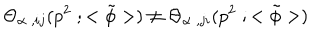
LaTeX: { \Theta } _ { { \alpha } \; , i j } ( p ^ { 2 } \; ; < { \tilde { \phi } } > ) \neq { \Theta } _ { { \alpha } \; , j i } ( p ^ { 2 } \; ; < { \tilde { \phi } } > )